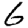
Digit: 6